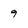
Character: 9